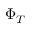
\Phi _ { T }